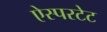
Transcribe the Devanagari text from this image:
ऐस्परटेट